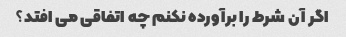
اگر آن شرط را برآورده نکنم چه اتفاقی می افتد؟